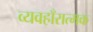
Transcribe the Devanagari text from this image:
व्यवहाँरात्मक